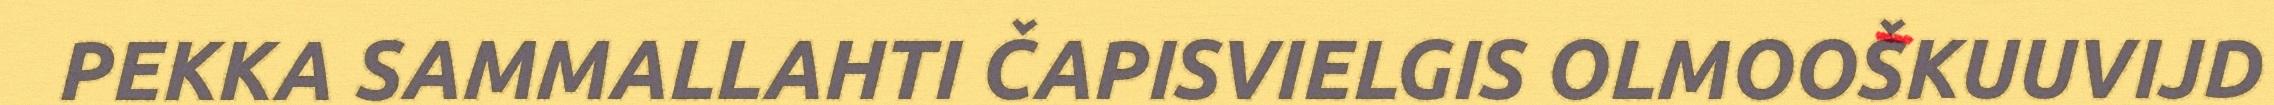
PEKKA SAMMALLAHTI ČAPISVIELGIS OLMOOŠKUUVIJD